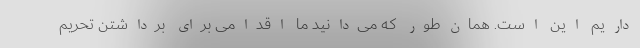
داریم این است. همان‌طور که می‌دانید ما اقدامی برای برداشتن تحریم‌